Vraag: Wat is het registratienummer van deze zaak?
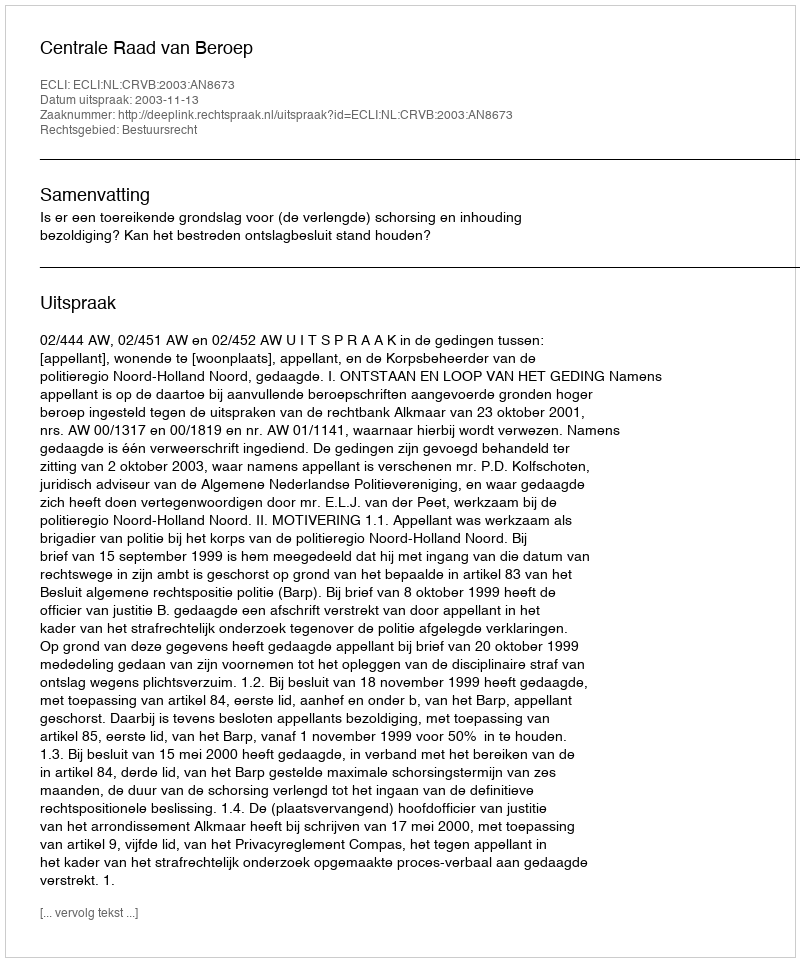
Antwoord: http://deeplink.rechtspraak.nl/uitspraak?id=ECLI:NL:CRVB:2003:AN8673